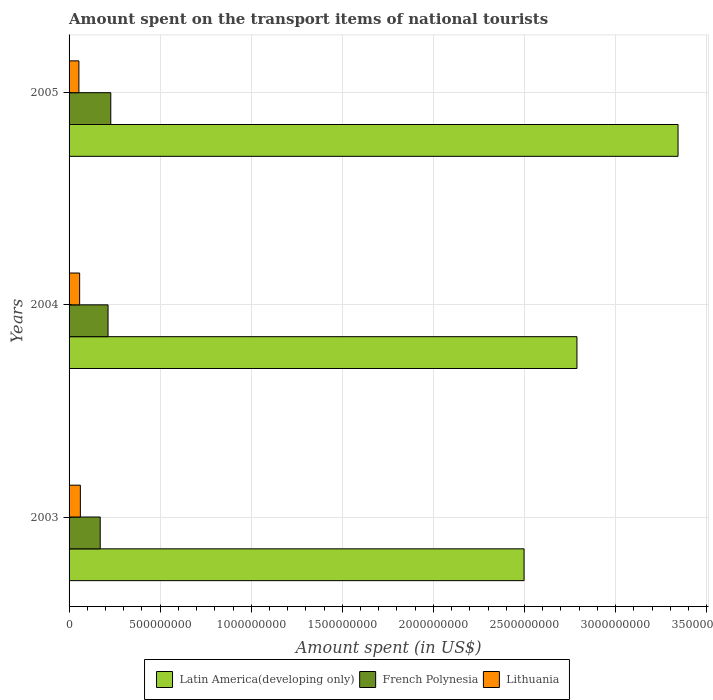
| Years | Latin America(developing only) | French Polynesia | Lithuania |
 | --- | --- | --- | --- |
 | 2003 | 2.5e+09 | 1.71e+08 | 6.2e+07 |
 | 2004 | 2.79e+09 | 2.14e+08 | 5.8e+07 |
 | 2005 | 3.34e+09 | 2.29e+08 | 5.4e+07 |